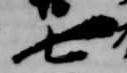
七